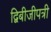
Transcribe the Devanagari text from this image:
द्विबीजीपत्री